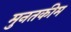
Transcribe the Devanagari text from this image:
मुनतकीम